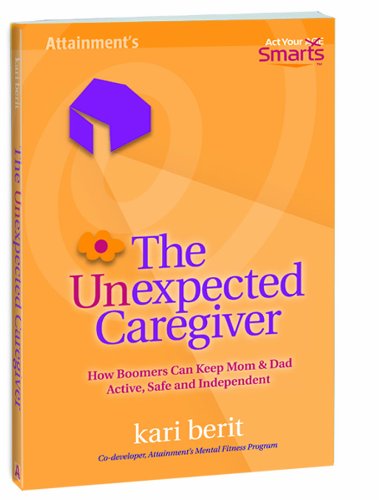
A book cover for The Unexpected Caregiver; Kari Berit; Medical Books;